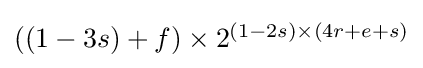
{\textstyle ((1-3s)+f)\times 2^{(1-2s)\times (4r+e+s)}}